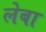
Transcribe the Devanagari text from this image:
लेबा